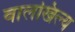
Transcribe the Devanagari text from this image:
वालखिल्‍य